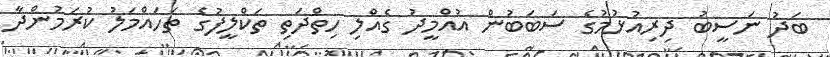
ބަދު ނަސީބު ދިރިއުޅުމުގެ ސަބަބުން އުއްމީދު ގެއްލި ހިތްދަތި ތަކްލީފުގެ ތަހައްމަލު ކުރަމުންދާ